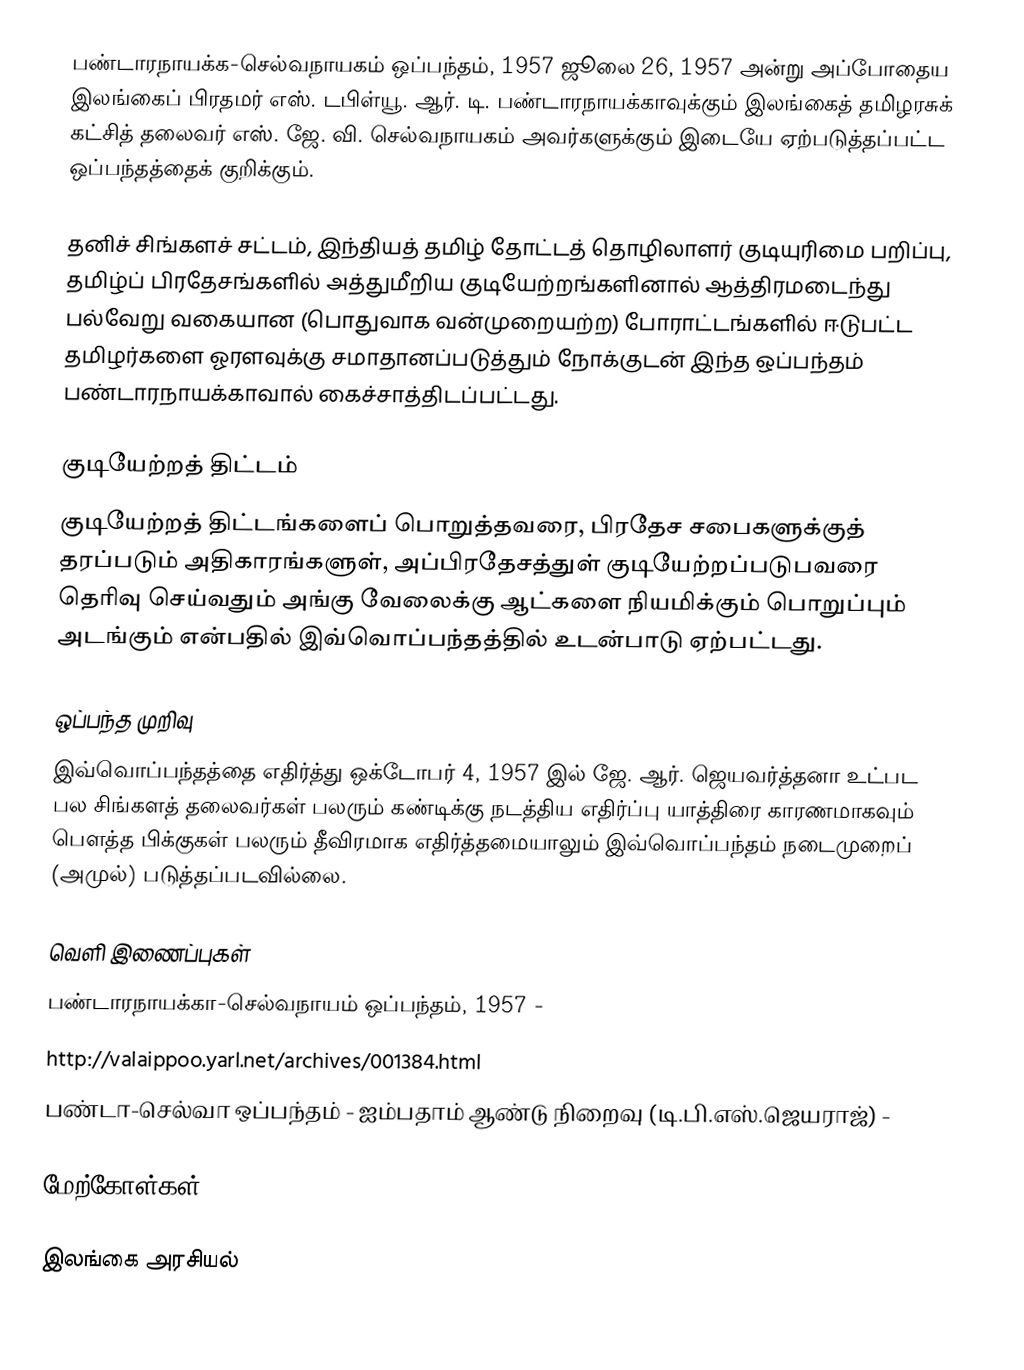
பண்டாரநாயக்க-செல்வநாயகம் ஒப்பந்தம், 1957 ஜூலை 26, 1957 அன்று அப்போதைய இலங்கைப் பிரதமர் எஸ். டபிள்யூ. ஆர். டி. பண்டாரநாயக்காவுக்கும் இலங்கைத் தமிழரசுக் கட்சித் தலைவர் எஸ். ஜே. வி. செல்வநாயகம் அவர்களுக்கும் இடையே ஏற்படுத்தப்பட்ட ஒப்பந்தத்தைக் குறிக்கும்.

தனிச் சிங்களச் சட்டம், இந்தியத் தமிழ் தோட்டத் தொழிலாளர் குடியுரிமை பறிப்பு, தமிழ்ப் பிரதேசங்களில் அத்துமீறிய குடியேற்றங்களினால் ஆத்திரமடைந்து பல்வேறு வகையான (பொதுவாக வன்முறையற்ற) போராட்டங்களில் ஈடுபட்ட தமிழர்களை ஓரளவுக்கு சமாதானப்படுத்தும் நோக்குடன் இந்த ஒப்பந்தம் பண்டாரநாயக்காவால் கைச்சாத்திடப்பட்டது.

குடியேற்றத் திட்டம்
குடியேற்றத் திட்டங்களைப் பொறுத்தவரை, பிரதேச சபைகளுக்குத் தரப்படும் அதிகாரங்களுள், அப்பிரதேசத்துள் குடியேற்றப்படுபவரை தெரிவு செய்வதும் அங்கு வேலைக்கு ஆட்களை நியமிக்கும் பொறுப்பும் அடங்கும் என்பதில் இவ்வொப்பந்தத்தில் உடன்பாடு ஏற்பட்டது.

ஒப்பந்த முறிவு
இவ்வொப்பந்தத்தை எதிர்த்து ஒக்டோபர் 4, 1957 இல் ஜே. ஆர். ஜெயவர்த்தனா உட்பட பல சிங்களத் தலைவர்கள் பலரும் கண்டிக்கு நடத்திய எதிர்ப்பு யாத்திரை காரணமாகவும் பௌத்த பிக்குகள் பலரும் தீவிரமாக எதிர்த்தமையாலும் இவ்வொப்பந்தம் நடைமுறைப் (அமுல்) படுத்தப்படவில்லை.

வெளி இணைப்புகள்
 பண்டாரநாயக்கா-செல்வநாயம் ஒப்பந்தம், 1957  -
 http://valaippoo.yarl.net/archives/001384.html
 பண்டா-செல்வா ஒப்பந்தம் - ஐம்பதாம் ஆண்டு நிறைவு (டி.பி.எஸ்.ஜெயராஜ்)  -

மேற்கோள்கள்

இலங்கை அரசியல்